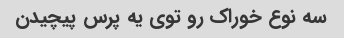
سه نوع خوراک رو توی یه پرس پیچیدن